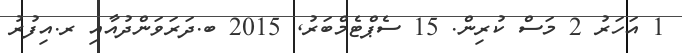
1 އަހަރު 2 މަސް ކުރިން. 15 ސެޕްޓެމްބަރު